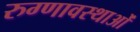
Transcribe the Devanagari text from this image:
रुग्णावस्थाओं